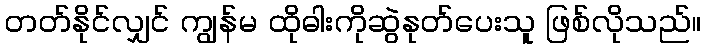
တတ်နိုင်လျှင် ကျွန်မ ထိုဓါးကိုဆွဲနုတ်ပေးသူ ဖြစ်လိုသည်။